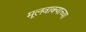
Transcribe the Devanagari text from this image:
मूलवाक्याच्या